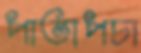
পাতাপচা